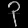
Digit: ၃